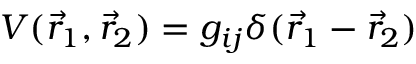
V ( \vec { r } _ { 1 } , \vec { r } _ { 2 } ) = g _ { i j } \delta ( \vec { r } _ { 1 } - \vec { r } _ { 2 } )